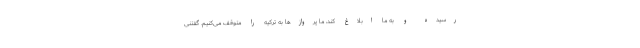
رسیده و به ما ابلاغ کند، ما پروازها به ترکیه را متوقف می‌کنیم. گفتنی